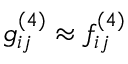
g _ { i j } ^ { ( 4 ) } \approx f _ { i j } ^ { ( 4 ) }